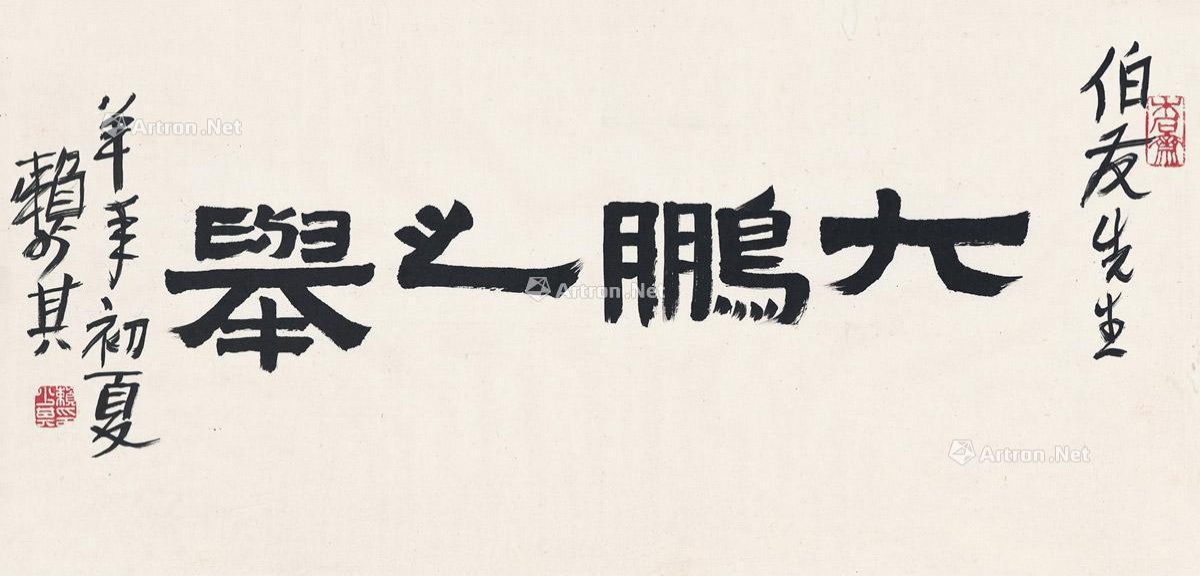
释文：大鹏之举。伯友先生，羊年初夏，赖少其。